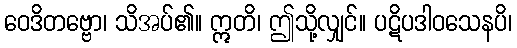
ဝေဒိတဗ္ဗော၊ သိအပ်၏။ ဣတိ၊ ဤသို့လျှင်။ ပဋိပဒါဝသေနပိ၊